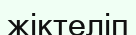
жіктеліп